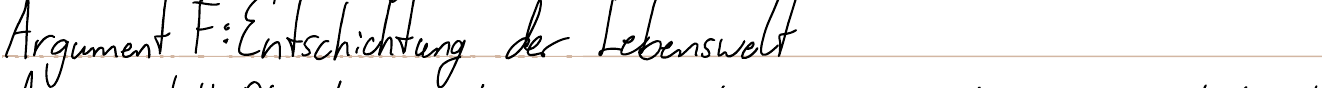
Argument F: Entschichtung der Lebenswelt